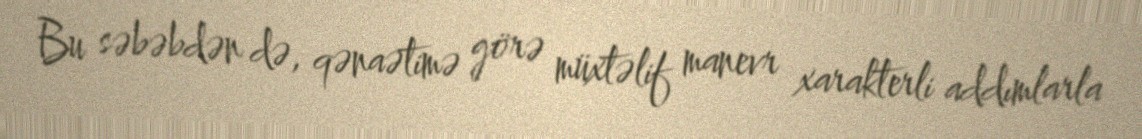
Bu səbəbdən də, qənaətimə görə müxtəlif manevr xarakterli addımlarla